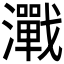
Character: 𬉢